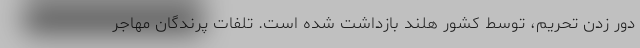
دور زدن تحریم، توسط کشور هلند بازداشت شده است. تلفات پرندگان مهاجر